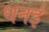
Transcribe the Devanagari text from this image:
धनई